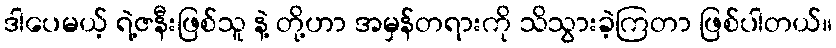
ဒါပေမယ့် ရဲ့ဇနီးဖြစ်သူ နဲ့ တို့ဟာ အမှန်တရားကို သိသွားခဲ့ကြတာ ဖြစ်ပါတယ်။